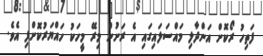
ފަތިހު ރޯކޮށް އަންދާލި މައްސަލައިގައި އެ ރަށުން މިރޭ މީހަކު ހައްޔަރުކޮށްފި އެވެ.